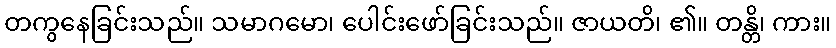
တကွနေခြင်းသည်။ သမာဂမော၊ ပေါင်းဖော်ခြင်းသည်။ ဇာယတိ၊ ၏။ တန္တိ၊ ကား။